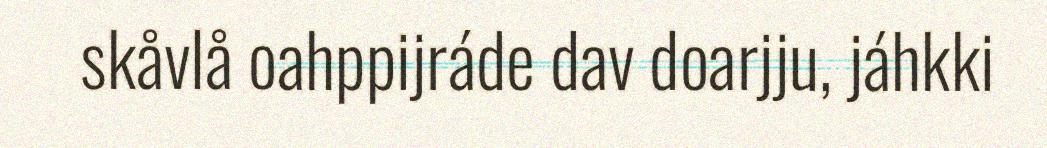
skåvlå oahppijráde dav doarjju, jáhkki